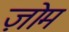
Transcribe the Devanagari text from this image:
ज़ोम